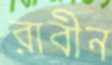
রাবীন